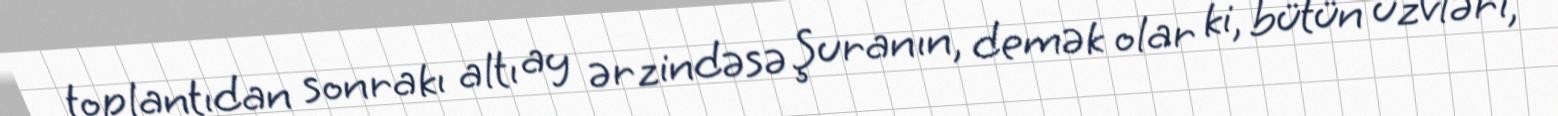
toplantıdan sonrakı altı ay ərzindəsə Şuranın, demək olar ki, bütün üzvləri,